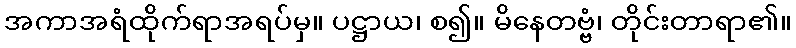
အကာအရံထိုက်ရာအရပ်မှ။ ပဋ္ဌာယ၊ စ၍။ မိနေတဗ္ဗံ၊ တိုင်းတာရာ၏။